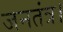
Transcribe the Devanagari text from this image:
जनतंत्र।